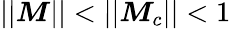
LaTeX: ||\boldsymbol{M}||<||\boldsymbol{M}_{c}||<1